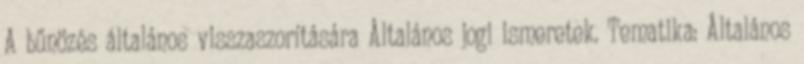
A bűnözés általános visszaszorítására Általános jogi ismeretek. Tematika: Általános